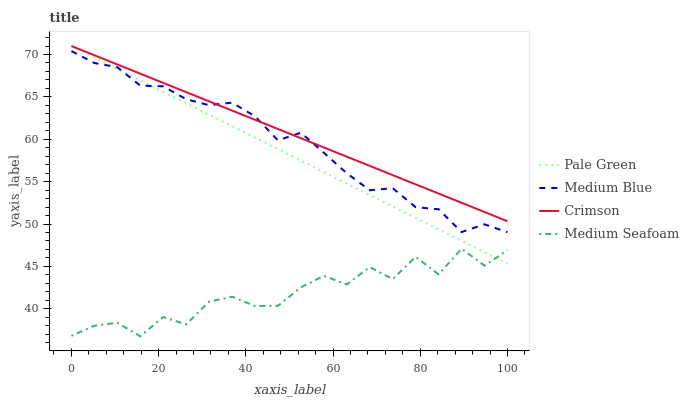
| xaxis_label | Pale Green | Medium Blue | Crimson | Medium Seafoam |
 | --- | --- | --- | --- | --- |
 | 0 | 71 | 70.4 | 71 | 36.8 |
 | 5.26 | 69.6 | 69 | 69.9 | 38 |
 | 10.5 | 68.3 | 68.5 | 68.8 | 38.4 |
 | 15.8 | 66.9 | 66.3 | 67.7 | 36.8 |
 | 21.1 | 65.6 | 66.2 | 66.6 | 39 |
 | 26.3 | 64.2 | 64.7 | 65.6 | 38.2 |
 | 31.6 | 62.9 | 64 | 64.5 | 40.8 |
 | 36.8 | 61.5 | 64.3 | 63.4 | 41.4 |
 | 42.1 | 60.2 | 62.7 | 62.3 | 40.3 |
 | 47.4 | 58.8 | 59.9 | 61.2 | 40.3 |
 | 52.6 | 57.5 | 60.8 | 60.1 | 42.5 |
 | 57.9 | 56.1 | 58.4 | 59 | 43.9 |
 | 63.2 | 54.8 | 56 | 57.9 | 42.9 |
 | 68.4 | 53.4 | 54 | 56.9 | 44.9 |
 | 73.7 | 52.1 | 54.2 | 55.8 | 43.5 |
 | 78.9 | 50.7 | 52 | 54.7 | 46.1 |
 | 84.2 | 49.4 | 51.7 | 53.6 | 44.1 |
 | 89.5 | 48 | 49 | 52.5 | 47.1 |
 | 94.7 | 46.7 | 50 | 51.4 | 45.1 |
 | 100 | 45.3 | 49 | 50.3 | 46.9 |